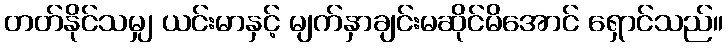
တတ်နိုင်သမျှ ယင်းမာနှင့် မျက်နှာချင်းမဆိုင်မိအောင် ရှောင်သည်။